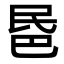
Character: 𣱈